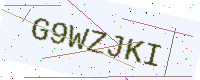
Text: G9WZJKI